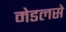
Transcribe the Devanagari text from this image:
मेडलसे